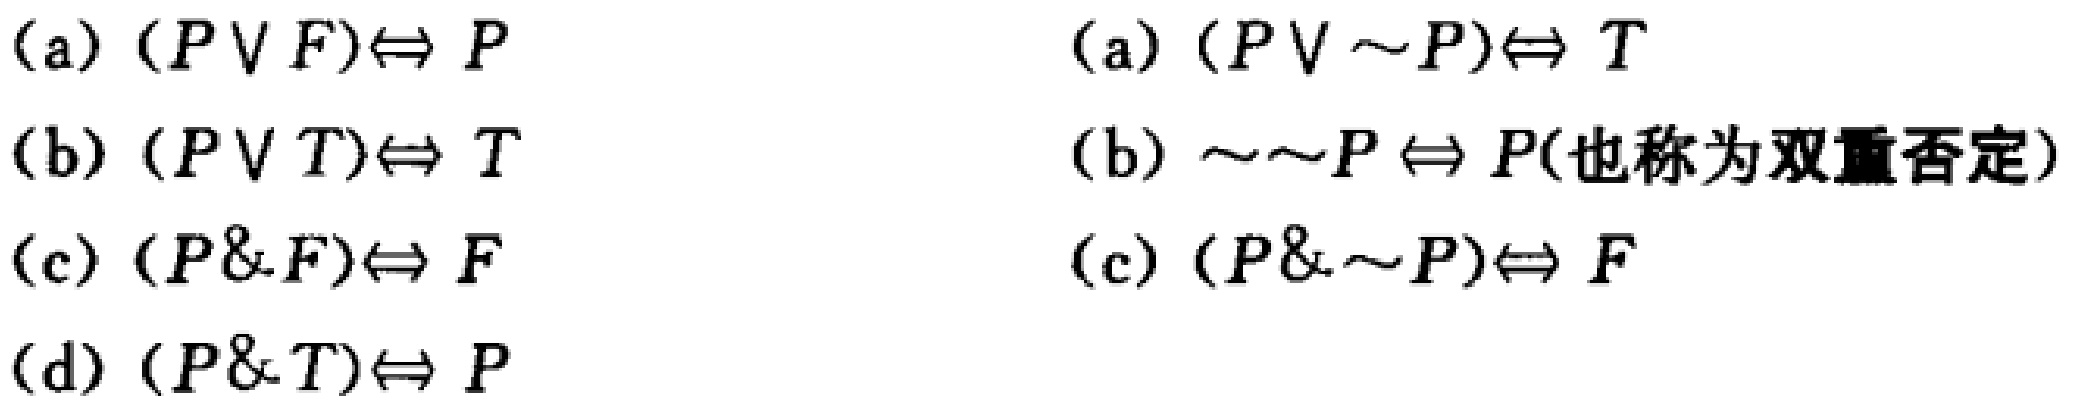
(a) $(P\vee F)\Leftrightarrow P$
(b) $(P\vee T)\Leftrightarrow T$
(c) $(P\& F)\Leftrightarrow F$
(d) $(P\& T)\Leftrightarrow P$
(a) $(P\vee\sim P)\Leftrightarrow T$
(b) $\sim\sim P\Leftrightarrow P$(也称为双重否定)
(c) $(P\&\sim P)\Leftrightarrow F$